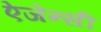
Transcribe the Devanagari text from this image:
ऐजेन्‍सी